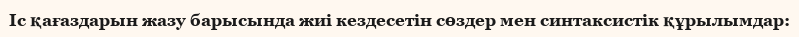
Іс қағаздарын жазу барысында жиі кездесетін сөздер мен синтаксистік құрылымдар: